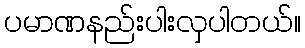
ပမာဏနည်းပါးလှပါတယ်။